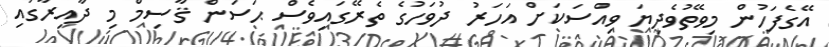
އޭގެފަހުން މިވޭތުވެދިޔަ ވިއްސަކަށް އަހަރު ދުވަހުގެ ތެރޭގައިވެސް ޙަސަން ޤާސިމް މި ދާއިރާގައި